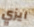
ايزي